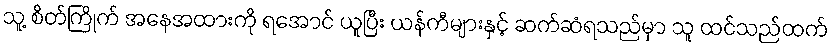
သူ့ စိတ်ကြိုက် အနေအထားကို ရအောင် ယူပြီး ယန်ကီများနှင့် ဆက်ဆံရသည်မှာ သူ ထင်သည်ထက်